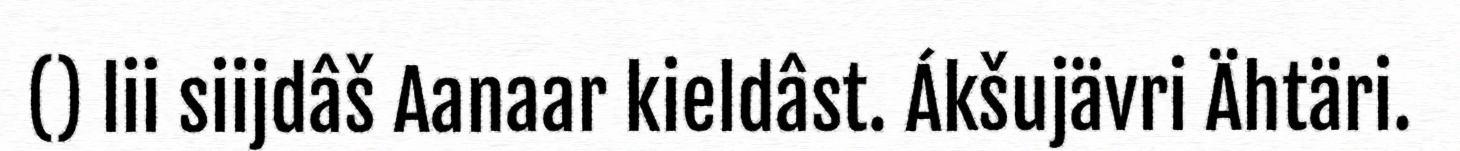
() lii siijdâš Aanaar kieldâst. Ákšujävri Ähtäri.